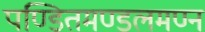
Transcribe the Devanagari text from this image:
पण्डितमण्डलमण्न